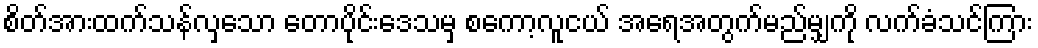
စိတ်အားထက်သန်လှသော တောပိုင်းဒေသမှ စကော့လူငယ် အရေအတွက်မည်မျှကို လက်ခံသင်ကြား